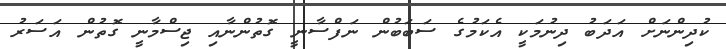
ކުދިންނަށް އަދަބު ދިނުމަކީ އެކަމުގެ ސަބަބުން ނަފްސާނީ ގޮތުންނާއި ޖިސްމާނީ ގޮތުން އަސަރު